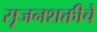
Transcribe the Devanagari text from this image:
सृजनशक्तीचे